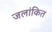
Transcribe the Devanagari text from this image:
जलांकित